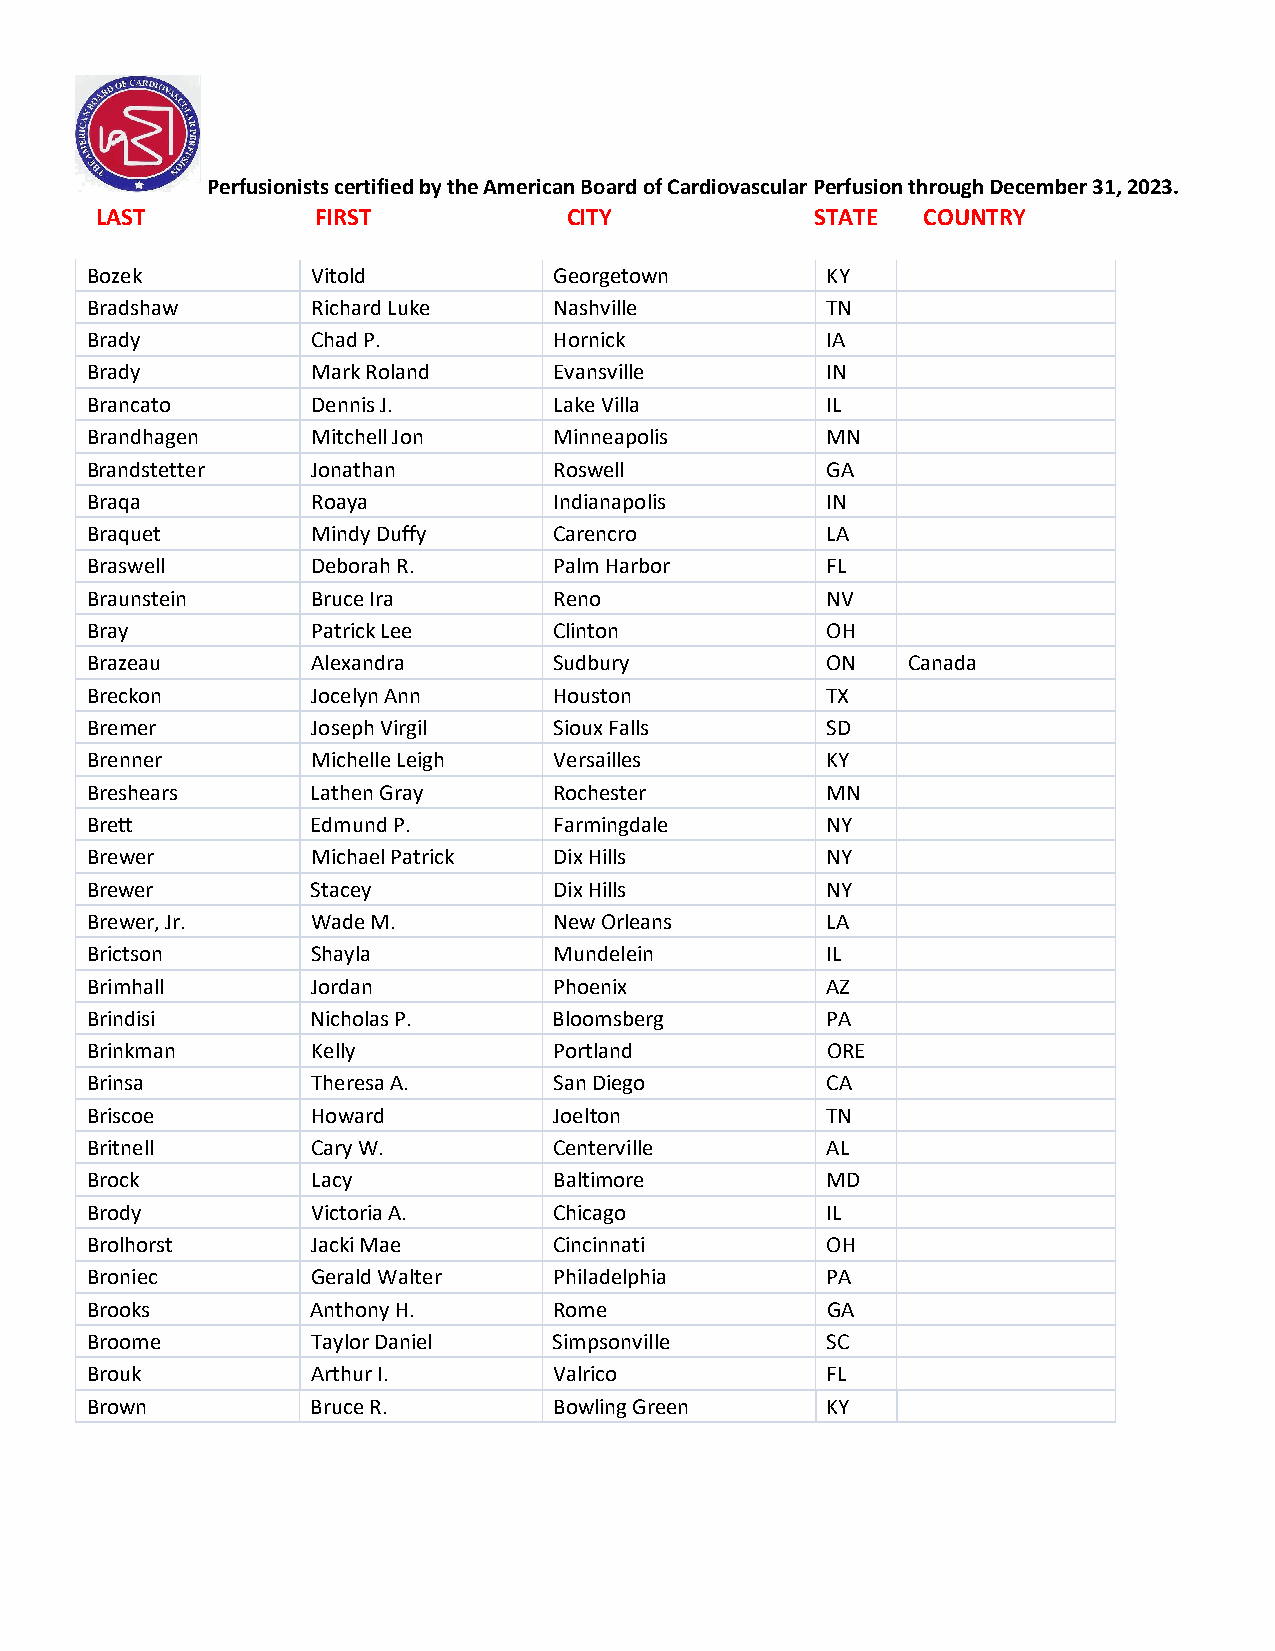
Perfusionists certified by the American Board of Cardiovascular Perfusion through December 31, 2023.
 LAST           FIRST            CITY            STATE  COUNTRY
 Bozek          Vitold          Georgetown        KY
 Bradshaw       Richard Luke    Nashville         TN
 Brady          Chad P.         Hornick           IA
 Brady          Mark Roland     Evansville        IN
 Brancato       Dennis J.       Lake Villa        IL
 Brandhagen     Mitchell Jon    Minneapolis       MN
 Brandstetter   Jonathan        Roswell           GA
 Braqa          Roaya           Indianapolis      IN
 Braquet        Mindy Duffy     Carencro          LA
 Braswell       Deborah R.      Palm Harbor       FL
 Braunstein     Bruce Ira       Reno              NV
 Bray           Patrick Lee     Clinton           OH
 Brazeau        Alexandra       Sudbury           ON   Canada
 Breckon        Jocelyn Ann     Houston           TX
 Bremer         Joseph Virgil   Sioux Falls       SD
 Brenner        Michelle Leigh  Versailles        KY
 Breshears      Lathen Gray     Rochester         MN
 Brett          Edmund P.       Farmingdale       NY
 Brewer         Michael Patrick Dix Hills         NY
 Brewer         Stacey          Dix Hills         NY
 Brewer, Jr.    Wade M.         New Orleans       LA
 Brictson       Shayla          Mundelein         IL
 Brimhall       Jordan          Phoenix           AZ
 Brindisi       Nicholas P.     Bloomsberg        PA
 Brinkman       Kelly           Portland          ORE
 Brinsa         Theresa A.      San Diego         CA
 Briscoe        Howard          Joelton           TN
 Britnell       Cary W.         Centerville       AL
 Brock          Lacy            Baltimore         MD
 Brody          Victoria A.     Chicago           IL
 Brolhorst      Jacki Mae       Cincinnati        OH
 Broniec        Gerald Walter   Philadelphia      PA
 Brooks         Anthony H.      Rome              GA
 Broome         Taylor Daniel   Simpsonville      SC
 Brouk          Arthur I.       Valrico           FL
 Brown          Bruce R.        Bowling Green     KY